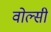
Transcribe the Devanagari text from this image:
वोल्सी